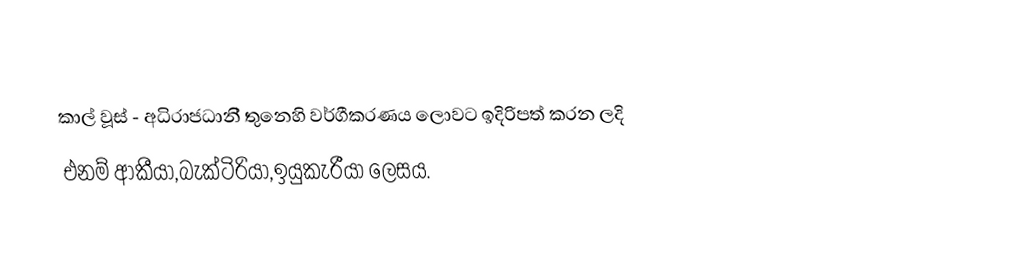
කාල් වූස් - අධිරාජධානි් තුනෙහි වර්ගීකරණය ලොවට ඉදිරිපත් කරන ලදි
එනම් ආකීයා,බැක්ටිරියා,ඉයුකැරීයා ලෙසය.